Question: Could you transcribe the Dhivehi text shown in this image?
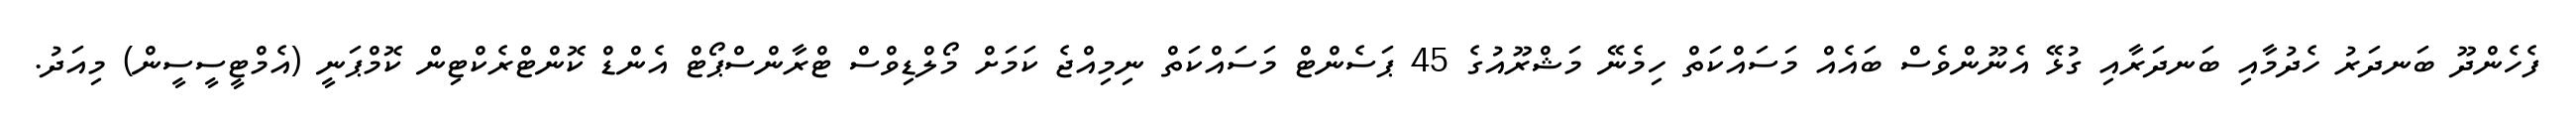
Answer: ފެހެންދޫ ބަނދަރު ހެދުމާއި ބަނދަރާއި ގުޅޭ އެނޫންވެސް ބައެއް މަސައްކަތް ހިމެނޭ މަޝްރޫއުގެ 45 ޕަސެންޓް މަސައްކަތް ނިމިއްޖެ ކަމަށް މޯލްޑިވްސް ޓްރާންސްޕޯޓް އެންޑް ކޮންޓްރެކްޓިން ކޮމްޕަނީ (އެމްޓީސީސީން) މިއަދު.